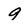
Character: 9